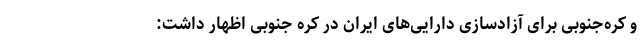
و کره‌جنوبی برای آزادسازی دارایی‌های ایران در کره جنوبی اظهار داشت: